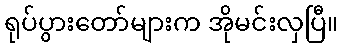
ရုပ်ပွားတော်များက အိုမင်းလှပြီ။